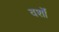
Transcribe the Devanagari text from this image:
वर्शों